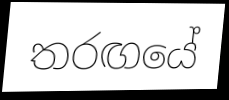
තරඟයේ